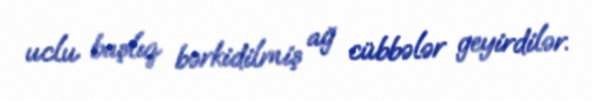
uclu başlıq bərkidilmiş ağ cübbələr geyirdilər.